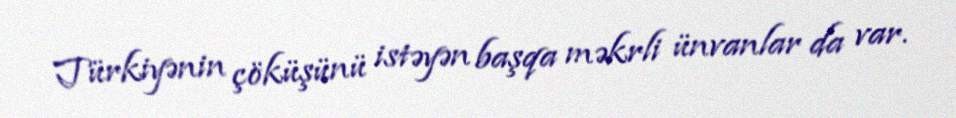
Türkiyənin çöküşünü istəyən başqa məkrli ünvanlar da var.